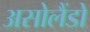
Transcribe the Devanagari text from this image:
असोलैंडो